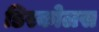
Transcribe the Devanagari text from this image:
डिस्कोलस